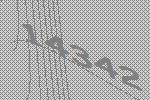
14342